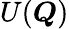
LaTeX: U(\boldsymbol Q)